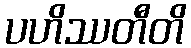
ပဟိဿတီတိ